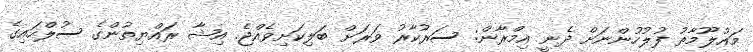
މައުލޫމާތު ފުލުހުންނަށް ދެނީ އިމްރާން: ސަރުކާރު ވަރަށް ބަލިކަށިވެއްޖެ. އިޝާ ރައްޔިތުންގެ ސުލްހައިގެ